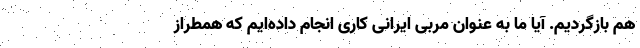
هم بازگردیم. آیا ما به عنوان مربی ایرانی کاری انجام داده‌ایم که همطراز